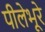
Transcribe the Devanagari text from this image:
पीलेभूरे